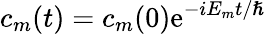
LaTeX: c_{m}(t)=c_{m}(0)\mathrm{e}^{-iE_{m}t/\hslash}